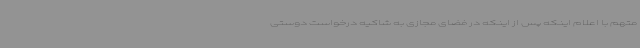
متهم با اعلام اینکه پس از اینکه در فضای مجازی به شاکیه درخواست دوستی